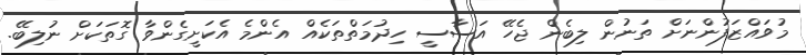
މުވައްޒަފުންނަށް ތަނުން ލިބެން ޖެހޭ އަސާސީ ހިދުމަތްތަކެއް އެންމެ އެކަށީގެންވާ ގޮތަކަށް ނުލިބޭ.